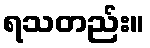
ရသတည်း။